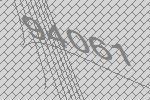
94061